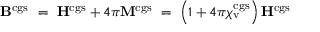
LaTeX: \mathbf { B } ^ { \mathrm { c g s } } \ = \ \mathbf { H } ^ { \mathrm { c g s } } + 4 \pi \mathbf { M } ^ { \mathrm { c g s } } \ = \ \left( 1 + 4 \pi \chi _ { \mathrm { v } } ^ { \mathrm { c g s } } \right) \mathbf { H } ^ { \mathrm { c g s } }